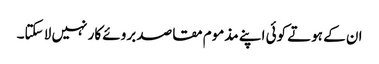
ان کے ہوتے کوئی اپنے مذموم مقاصد بروئے کار نہیں لا سکتا۔